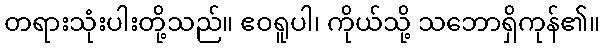
တရားသုံးပါးတို့သည်။ ဧဝရူပါ၊ ကိုယ်သို့ သဘောရှိကုန်၏။